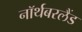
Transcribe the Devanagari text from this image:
नॉर्थबरलैंड